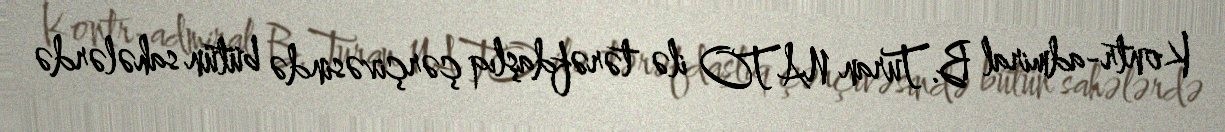
Kontr-admiral B.Turan NATO ilə tərəfdaşlıq çərçivəsində bütün sahələrdə